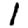
Digit: 1